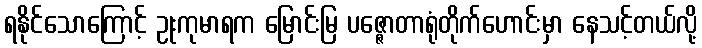
ရနိုင်သောကြောင့် ဥုးကုမာရက မြောင်းမြ ပဇ္ဇောတာရုံတိုက်ဟောင်းမှာ နေသင့်တယ်လို့